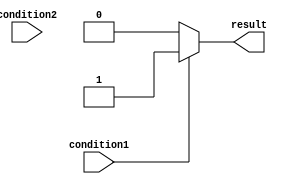
module if_else_structure (
    input wire condition1,
    input wire condition2,
    output reg result
);

always @(*) begin
    if (condition1) begin
        // code block for condition1 being true
        result = 1;
    end
    else if (condition2) begin
        // code block for condition2 being true
        result = 2;
    end
    else begin
        // code block for when none of the conditions are met
        result = 0;
    end
end

endmodule